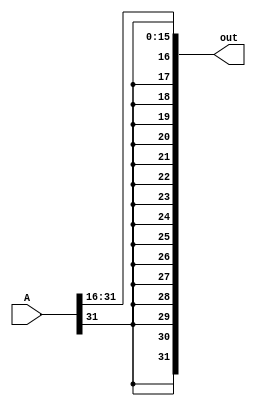
module SRA_16bit(A, out);

	input [31:0] A;
	output [31:0] out; 

	assign out[15:0] = A[31:16];
	assign out[31] = A[31]; 
	assign out[30] = A[31]; 
	assign out[29] = A[31]; 
	assign out[28] = A[31]; 
	assign out[27] = A[31]; 
	assign out[26] = A[31]; 
	assign out[25] = A[31]; 
	assign out[24] = A[31]; 
	assign out[23] = A[31]; 
	assign out[22] = A[31]; 
	assign out[21] = A[31]; 
	assign out[20] = A[31]; 
	assign out[19] = A[31]; 
	assign out[18] = A[31]; 
	assign out[17] = A[31]; 
	assign out[16] = A[31]; 


endmodule